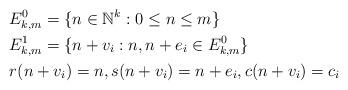
LaTeX: \begin{align*}&E^0_{k,m} = \{n \in \mathbb{N}^k: 0 \le n \le m\} \\&E^1_{k,m} = \{n + v_i: n, n + e_i \in E^0_{k,m} \} \\&r(n+v_i) = n, s(n+v_i) = n + e_i, c(n + v_i) = c_i \end{align*}